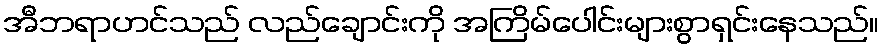
အီဘရာဟင်သည် လည်ချောင်းကို အကြိမ်ပေါင်းများစွာရှင်းနေသည်။